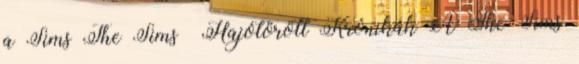
a Sims The Sims™ Hajótörött Krónikák A The Sims